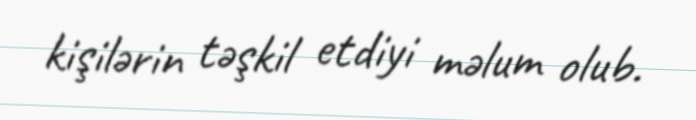
kişilərin təşkil etdiyi məlum olub.